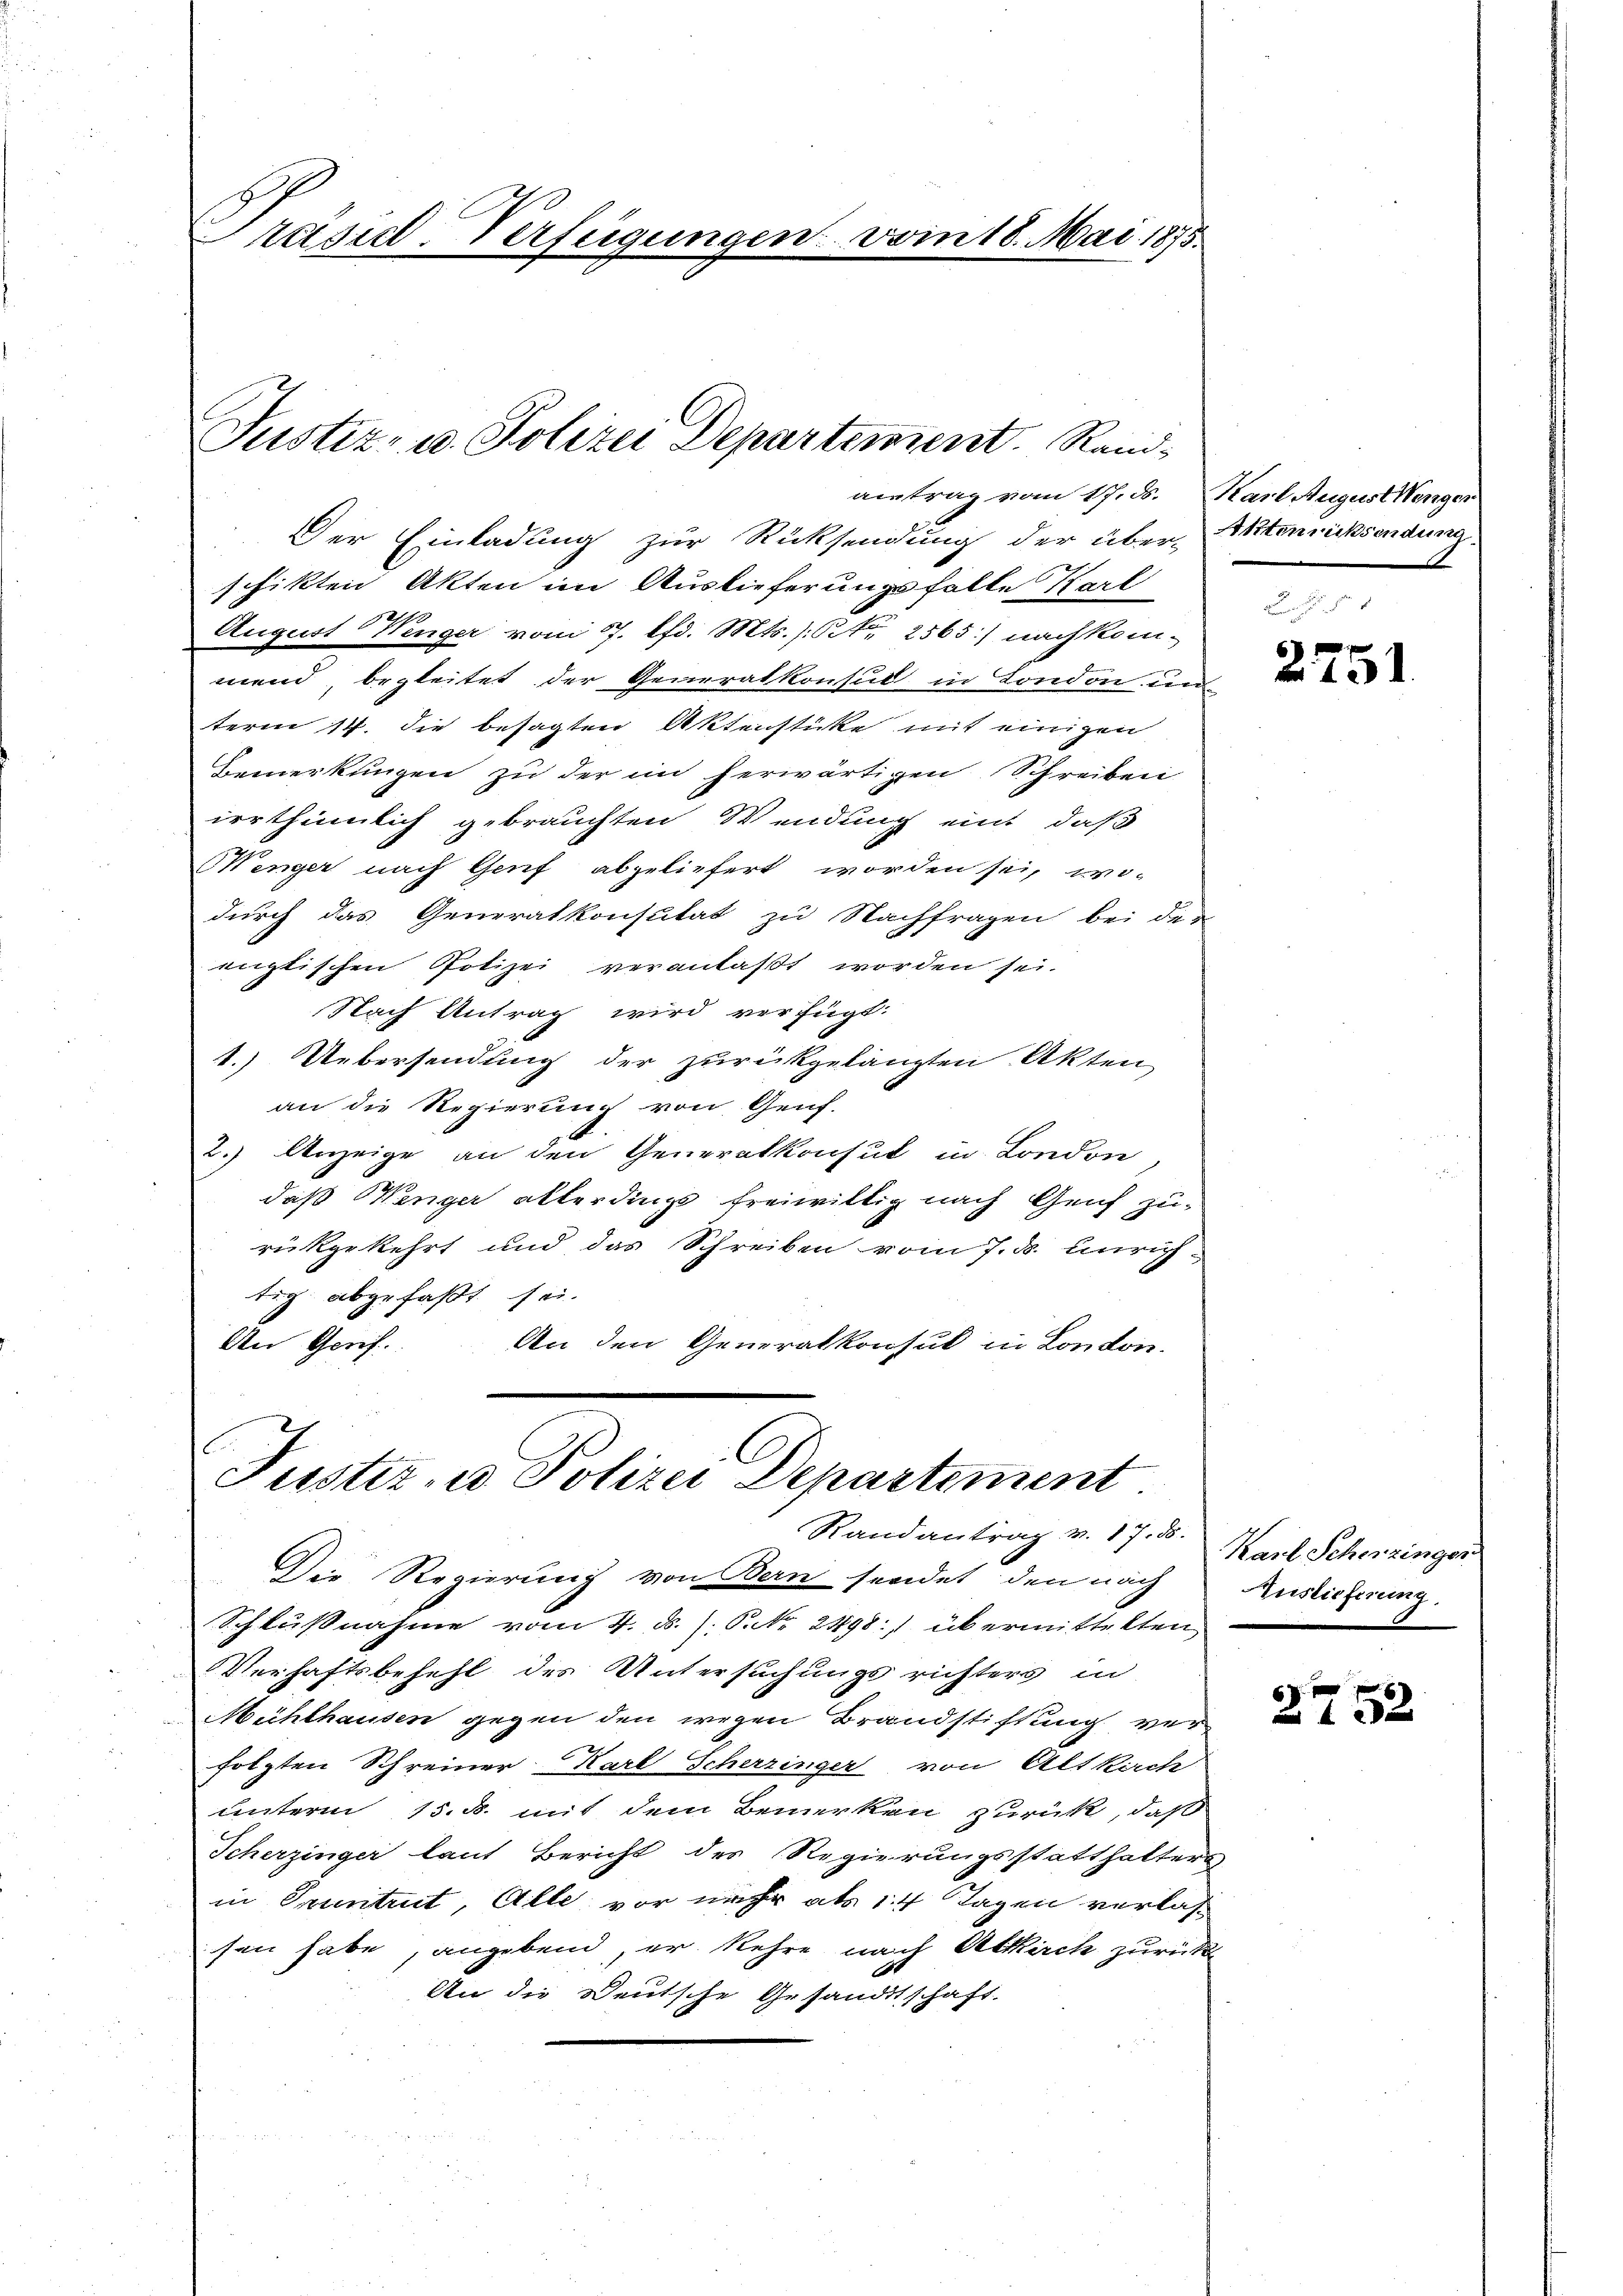
Präsid-Verfügungen vom 18. Mai 1875.

antrag vom 17. ds. Karl August Menger
Der Einladung zur Rücksendung der über-Itennicksendung
schikten Akten im Auslieferungsfalle Karl
August Wenger vom 17. lfd. Mts. / 2565) nach kom-
mend begleitet der Generalkonsul in London un
term 14. die besagten Aktenstücke mit einigen
Bemerkungen zu der in herwärtigen Schreiben
irrthümlich gebrauchten Wendung eint, daß
Wenger nach Genf abgeliefert worden sei, wo-
durch das Generalkonsutat zu Nachfragen bei die
englischen Polizei veranlaßt worden sei.
Nach Antrag wird verfügt:
1.) Uebersendung der zurückgelangten Akten
an die Regierung von Genf.
2.) Anzeige an den Generalkonsul in London,
daß Wenger allerding freiwillig nach Genf zu-
rükgekehrt und das Schreiben vom 7. ds. unrichtig abgefaßt sei.
An Gerif
An den Generalkonsul in London.

Justiz- u. Polizei Departement. Rand¬

Justiz- u. Polizei Departement
Randantrag v. 17. ds.

Die Regierung von Bern sendet, den nach
Schlußnahme vom 4. d. J. P. Nr. 2498:) übermittekten
Verhaftsbefehl des Untersuchungsrichters in
Mühlhausen gegen den wegen Brandstiftung verfolgten Schreiner Karl Scherzinger von Altkach
unterm 15. d. mit dem Bemerken zurück, daß
Scherzinger laut Bericht des Regierungsstatthalters
in Eruntrut, Alle vor mehr als 14 Tagen verlas
sen habe, angebend, er kehre nach Altkirch zurück
An die Deutsche Gesandtschaft.

2751

Karl Schenzinger
Auslieferung

6